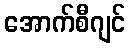
အောက်စီဂျင်